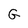
Character: G